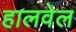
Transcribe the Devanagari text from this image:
हालवेल